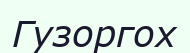
Гузоргох